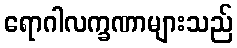
ရောဂါလက္ခဏာများသည်